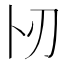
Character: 𠧓